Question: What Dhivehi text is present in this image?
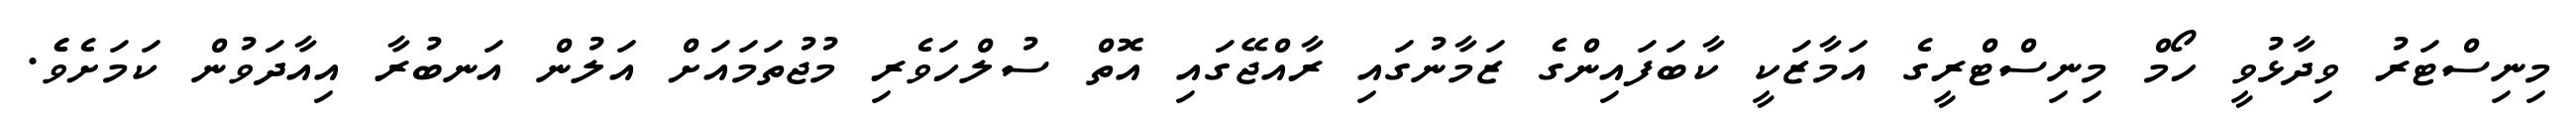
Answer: މިނިސްޓަރު ވިދާޅުވީ ހޯމް މިނިސްޓްރީގެ އަމާޒަކީ ކާބަފައިންގެ ޒަމާނުގައި ރާއްޖޭގައި އޮތް ސުލްހަވެރި މުޖުތަމައަށް އަލުން އަނބުރާ އިއާދަވުން ކަމަށެވެެ.